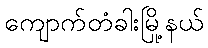
ကျောက်တံခါးမြို့နယ်